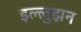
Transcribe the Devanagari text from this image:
इल्लुझ़न